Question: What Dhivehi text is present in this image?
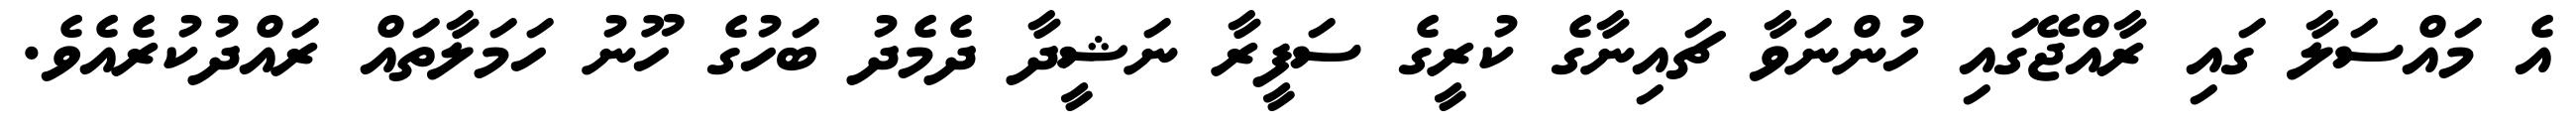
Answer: އެ މައްސަލާ ގައި ރާއްޖޭގައި ހުންނަވާ ޗައިނާގެ ކުރީގެ ސަފީރާ ނަޝީދާ ދެމެދު ބަހުގެ ހޫނު ހަމަލާތައް ރައްދުކުރެއެވެ.